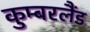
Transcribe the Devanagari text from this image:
कुम्बरलैंड